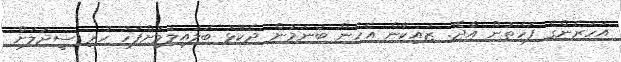
އަހަރެންގެ ފަހަތުން އާދޭ. ޒައިކާން އެހެން ބުނަމުން ދެކޮޅު ބަލައިލުމަށްފަހު ހުރި ސީދަލަށް